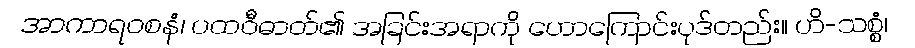
အာကာရဝစနံ၊ ပထဝီဓာတ်၏ အခြင်းအရာကို ဟောကြောင်းပုဒ်တည်း။ ဟိ-သစ္စံ၊